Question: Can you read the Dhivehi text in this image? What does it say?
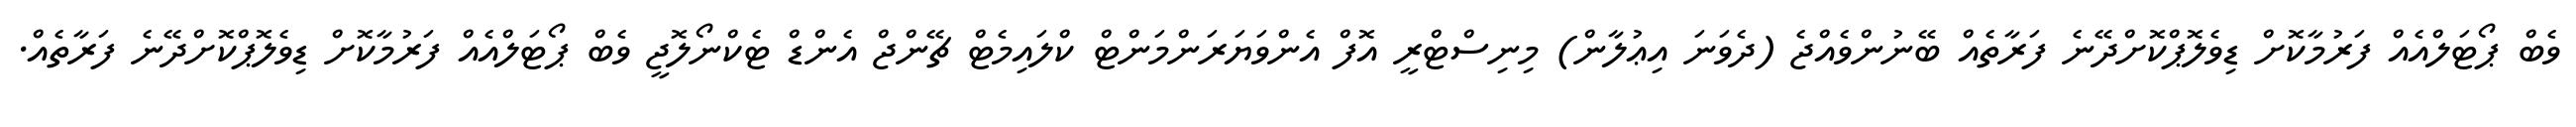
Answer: ވެބް ޕޯޓަލްއެއް ފަރުމާކޮށް ޑިވެލޮޕްކޮށްދޭނެ ފަރާތެއް ބޭނުންވެއްޖެ (ދެވަނަ އިޢުލާން) މިނިސްޓްރީ އޮފް އެންވަޔަރަންމަންޓް ކްލައިމެޓް ޗޭންޖް އެންޑް ޓެކްނޯލޮޖީ ވެބް ޕޯޓަލްއެއް ފަރުމާކޮށް ޑިވެލޮޕްކޮށްދޭނެ ފަރާތެއް.